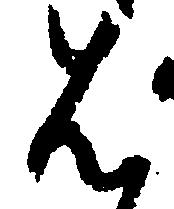
は